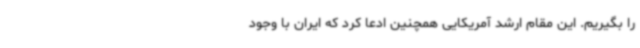
را بگیریم. این مقام ارشد آمریکایی همچنین ادعا کرد که ایران با وجود